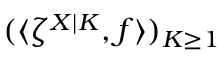
( \langle \zeta ^ { X | K } , f \rangle ) _ { K \geq 1 }